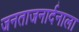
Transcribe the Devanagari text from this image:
जनताजनार्दनाला